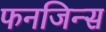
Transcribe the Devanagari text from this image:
फनजिन्स